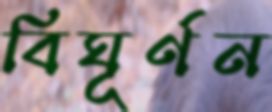
বিঘূর্ণন